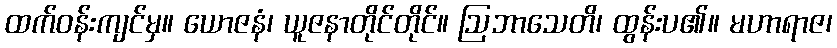
ထက်ဝန်းကျင်မှ။ ယောဇနံ၊ ယူဇနာတိုင်တိုင်။ ဩဘာသေတိ၊ ထွန်းပ၏။ မဟာရာဇ၊